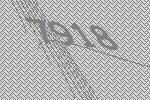
7918